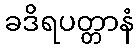
ခဒိရပတ္တာနံ